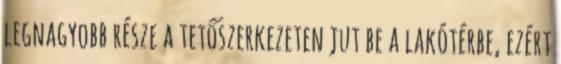
legnagyobb része a tetőszerkezeten jut be a lakótérbe, ezért